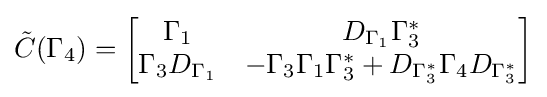
{\tilde {C}}(\Gamma _{4})={\begin{bmatrix}\Gamma _{1}&D_{\Gamma _{1}}\Gamma _{3}^{*}\\\Gamma _{3}D_{\Gamma _{1}}&-\Gamma _{3}\Gamma _{1}\Gamma _{3}^{*}+D_{\Gamma _{3}^{*}}\Gamma _{4}D_{\Gamma _{3}^{*}}\end{bmatrix}}